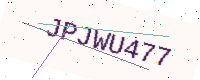
Text: JPJWU477